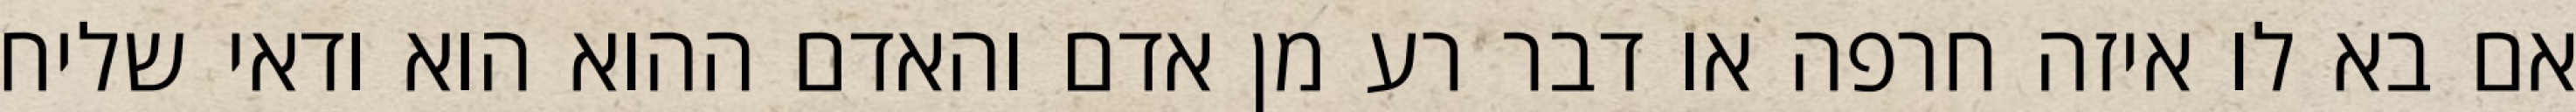
אם בא לו איזה חרפה או דבר רע מן אדם והאדם ההוא הוא ודאי שליח